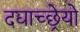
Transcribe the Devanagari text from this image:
दद्याच्छ्रेयो